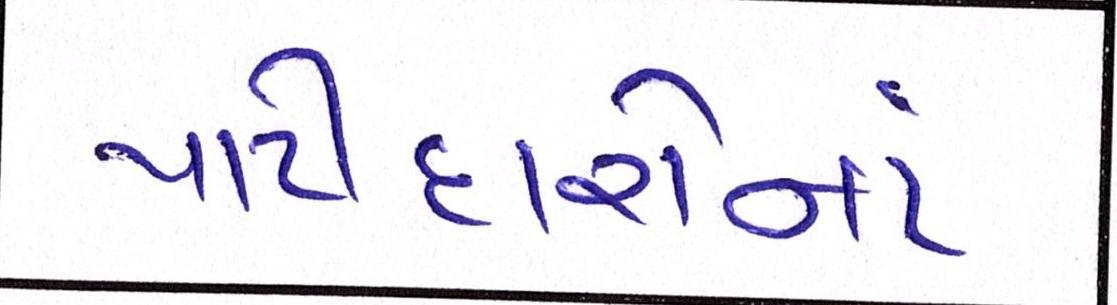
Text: પાટીદારોનાં